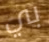
بي